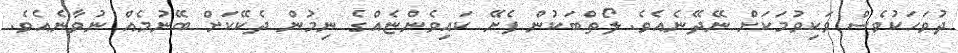
ދުވަހަކުވެސް ވަކިވުމަކަށް ނޭދޭނެއެވެ. ލޯތްބަކުން ފެށޭ ކައިވެންޏެއްގެ ނިމުން ދެކޭކަށް ބޭނުމެއް ނުވާނެއެވެ.